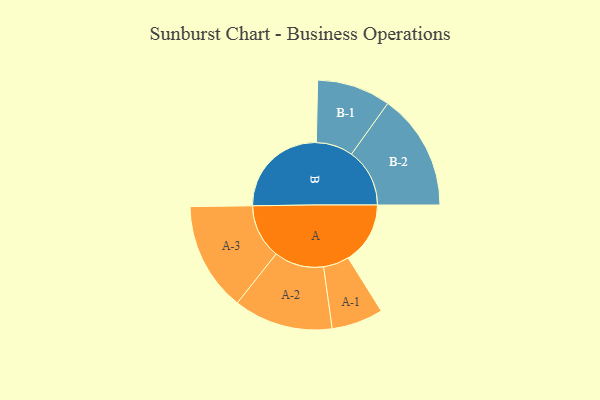
{"axis": {"x": "Segment", "y": "Value"}, "legend": ["", "A", "B"], "data": [{"x": "A", "y": 310, "type": ""}, {"x": "B", "y": 492, "type": ""}, {"x": "A-1", "y": 129, "type": "A"}, {"x": "A-2", "y": 248, "type": "A"}, {"x": "A-3", "y": 272, "type": "A"}, {"x": "B-1", "y": 184, "type": "B"}, {"x": "B-2", "y": 291, "type": "B"}]}